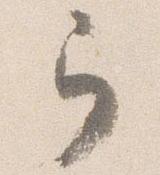
弓